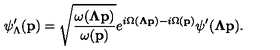
\psi _ { \Lambda } ^ { \prime } ( { \bf p } ) = \sqrt { \frac { \omega ( { { \bf \Lambda p } } ) } { \omega ( { \bf p } ) } } e ^ { i \Omega ( { \bf \Lambda p } ) - i \Omega ( { \bf p } ) } \psi ^ { \prime } ( { \bf \Lambda p } ) .